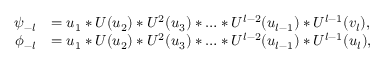
\begin{array} { r l } { \psi _ { - l } } & { = u _ { 1 } * U ( u _ { 2 } ) * U ^ { 2 } ( u _ { 3 } ) * \ldots * U ^ { l - 2 } ( u _ { l - 1 } ) * U ^ { l - 1 } ( v _ { l } ) , } \\ { \phi _ { - l } } & { = u _ { 1 } * U ( u _ { 2 } ) * U ^ { 2 } ( u _ { 3 } ) * \ldots * U ^ { l - 2 } ( u _ { l - 1 } ) * U ^ { l - 1 } ( u _ { l } ) , } \end{array}